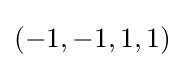
(-1,-1,1,1)